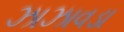
ઝાઝાવડા